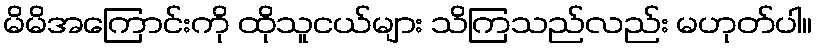
မိမိအကြောင်းကို ထိုသူငယ်များ သိကြသည်လည်း မဟုတ်ပါ။